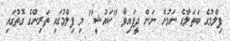
ފިލްމުގެ ބަތަލާގެ ނަމުން ނަން ދީފައިވާ "ކައުޝީ" މި ފިލްމުގައި ތަރިންގެ ގޮތުގައި